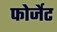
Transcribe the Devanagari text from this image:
फोर्जेट